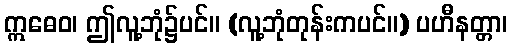
ဣဓေဝ၊ ဤလူ့ဘုံ၌ပင်။ (လူ့ဘုံတုန်းကပင်။) ပဟီနတ္တာ၊